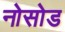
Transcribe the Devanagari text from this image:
नोसोड